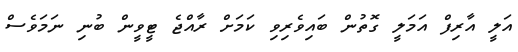
އަލީ އާރިފް އަމަލީ ގޮތުން ބައިވެރިވި ކަމަށް ރާއްޖެ ޓީވީން ބުނި ނަމަވެސް